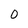
Character: 0